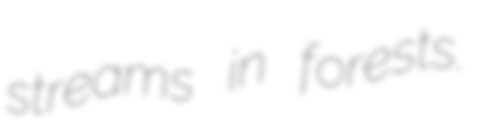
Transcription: streams in forests.